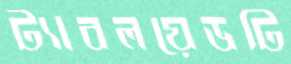
ট্যাবলয়েডটি